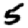
Digit: 5